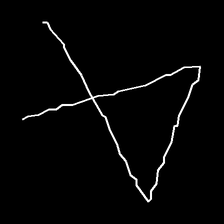
Glyph: collection